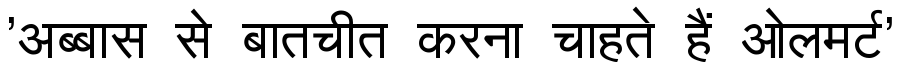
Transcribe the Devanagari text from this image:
'अब्बास से बातचीत करना चाहते हैं ओलमर्ट'